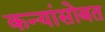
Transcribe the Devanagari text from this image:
कन्यांसोबत